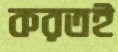
করতই